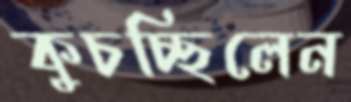
কুচচ্ছিলেন